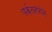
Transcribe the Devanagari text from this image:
पर्वतरांगेने